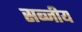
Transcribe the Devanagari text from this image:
सब्जीय